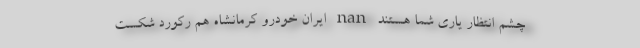
چشم انتظار یاری شما هستند nan ایران خودرو کرمانشاه هم رکورد شکست